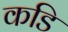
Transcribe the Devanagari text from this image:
कडि